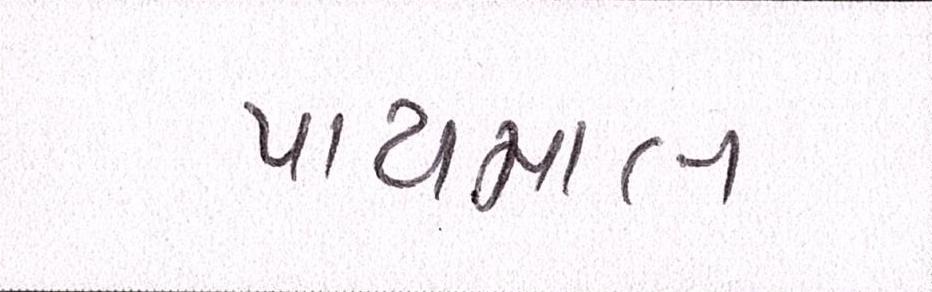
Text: પાયમાલ